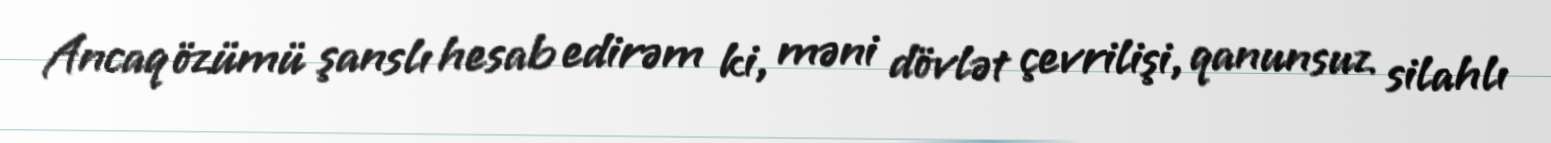
Ancaq özümü şanslı hesab edirəm ki, məni dövlət çevrilişi, qanunsuz silahlı